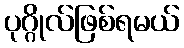
ပုဂ္ဂိုလ်ဖြစ်ရမယ်